Report of the Indian Hemp Drugs Commission, 1894-1895 - Volume VII
Year: 1894
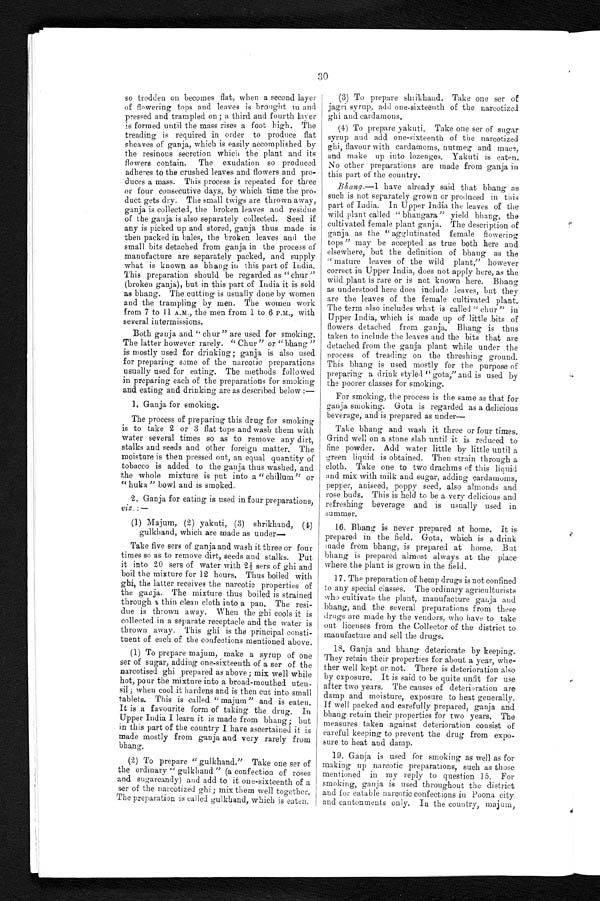
30
so trodden on becomes flat, when a second layer
of flowering tops and leaves is brought in and
pressed and trampled on ; a third and fourth layer
is formed until the mass rises a foot high. The
treading is required in order to produce flat
sheaves of ganja, which is easily accomplished by
the resinous secretion which the plant and its
flowers contain. The exudation so produced
adheres to the crushed leaves and flowers and pro
-
duces a mass. This process is repeated for three
or four consecutive days, by which time the pro
-
duct gets dry. The small twigs are thrown away,
ganja is collected, the broken leaves and residue
of the ganja is also separately collected. Seed if
any is picked up and stored, ganja thus made is
then packed in bales, the broken leaves and the
small bits detached from ganja in the process of
manufacture are separately packed, and supply
what is known as bhang in this part of India.
This preparation should be regarded as "chur"
(broken ganja), but in this part of India it is sold
as bhang. The cutting is usually done by women
and the trampling by men. The women work
from 7 to 11 A.M., the men from 1 to 6 P.M., with
several intermissions.
Both ganja and "chur" are used for smoking.
The latter however rarely. "Chur" or "bhang"
is mostly used for drinking; ganja is also used
f or pr epar i ng some of t he nar cot i c pr epar at i ons
usually used for eating. The methods followed
in preparing each of the preparations for smoking
and eating and drinking are as described below:
—
1 . G a n j a f o r s m o k i n g .
The process of preparing this drug for smoking
is to take 2 or 3 flat tops and wash them with
water several times so as to remove any dirt,
stalks and seeds and other foreign matter. The
moisture is then pressed out, an equal quantity of
tobacco is added to the ganja thus washed, and
the whole mixture is put into a "chillum" or
"huka" bowl and is smoked.
2 . G a n j a f o r e a t i n g i s u s e d i n f o u r p r e p a r a t i o n s ,
viz .:—
(1) Majum, (2) yakuti, (3) shrikhand, (4)
g u l k h a n d , w h i c h a r e m a d e a s u n d e r —
Take five sers of ganja and wash it three or four
times so as to remove dirt, seeds and stalks. Put
it into 20 sers of water with 2½ sers of ghi and
boil the mixture for 12 hours. Thus boiled with
ghi, the latter receives the narcotic properties of
the ganja. The mixture thus boiled is strained
through a thin clean cloth into a pan, The resi
-
due is thrown away. When the ghi cools it is
collected in a separate receptacle and the water is
thrown away. This ghi is the principal consti
-
tuent of each of the confections mentioned above.
(1) To prepare majum, make a syrup of one
ser of sugar, adding one-sixteenth of a ser of the
narcotised ghi prepared as above; mix well while
hot, pour the mixture into a broad-mouthed uten
-
sil ; when cool it hardens and is then cut into small
tablets. This is called " majum" and is eaten.
It is a favourite form of taking the drug. In
Upper India I learn it is made from bhang; but
in this part of the country I have ascertained it is
made mostly from ganja and very rarely from
bhang.
(2) To prepare "gulkhand." Take one ser of
the ordinary "gulkhand" (a confection of roses
and sugarcandy) and add to it one-sixteenth of a
ser of the narcotized ghi; mix them well together.
The preparation is called gulkhand, which is eaten.
(3) To prepare shrikhand. Take one ser of
jagri syrup, add one-sixteenth of the narcotized.
ghi and cardamons.
(4) To prepare yakuti. Take one ser of sugar
syrup and add one-sixteenth of the narcotized
ghi, flavour with cardamoms, nutmeg and mace,
and make up into lozenges. Yakuti is eaten.
No other preparations are made from ganja in
this part of the country.
Bhang.—I have already said that bhang as
such is not separately grown or produced in this
part of India. In Upper India the leaves of the
wild plant called "bhangara" yield bhang, the
cultivated female plant ganja. The description of
ganja as the "agglutinated female flowering
tops" may be accepted as true both here and
elsewhere, but the definition of bhang as the
" mature leaves of the wild plant," however
correct in Upper India, does not apply here, as the
wild plant is rare or is not known here. Bhang
as understood here does include leaves, but they
are the leaves of the female cultivated plant.
The term also includes what is called "chur" in
Upper India, which is made up of little bits of
flowers detached from ganja. Bhang is thus
taken to include the leaves and the bits that are
detached from the ganja plant while under the
process of treading on the threshing ground.
This bhang is used mostly for the purpose of
preparing a drink styled "gota," and is used by
the poorer classes for smoking.
For smoking, the process is the same as that for
ganja smoking. Gota is regarded as a delicious
beverage, and is prepared as
u n d e r —
Take bhang and wash it three or four times.
Grind well on a stone slab until it is reduced to
fine powder. Add water little by little until a
green liquid is obtained. Then strain through a
cloth. Take one to two drachms of this liquid
and mix with milk and sugar, adding cardamoms,
pepper, aniseed, poppy seed, also almonds and
rose buds. This is held to be a very delicious and
refreshing beverage and is usually used in
summer.
16. Bhang is never prepared at home. It is
prepared in the field. Gota, which is a drink
made from bhang, is prepared at home. But
bhang is prepared almost always at the place
where the plant is grown in the field.
17. The preparation of hemp drugs is not confined
to any special classes. The ordinary agriculturists
who cultivate the plant, manufacture ganja and
bhang, and the several preparations from these
drugs are made by the vendors, who have to take
out licenses from the Collector of the district to
manufacture and sell the drugs.
18. Ganja and bhang deteriorate by keeping.
They retain their properties for about a year, whe
-
ther well kept or not. There is deterioration also
by exposure. It is said to be quite unfit for use
after two years. The causes of deterioration are
damp and moisture, exposure to heat generally.
If well packed and carefully prepared, ganja and
bhang retain their properties for two years. The
measures taken against deterioration consist of
careful keeping to prevent the drug from expo
-
sure to heat and damp.
19. Ganja is used for smoking as well as for
making up narcotic preparations, such as those
mentioned in my reply to question 15. For
smoking, ganja is used throughout the district
and for eatable narcotic confections in Poona city
and cantonments only. In the country, majum,